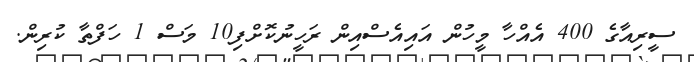
ސީރިއާގެ 400 އެއްހާ މީހުން އައިއެސްއިން ރަހީނުކޮށްފި10 މަސް 1 ހަފްތާ ކުރިން.